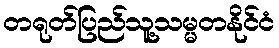
တရုတ်ပြည်သူ့သမ္မတနိုင်ငံ